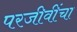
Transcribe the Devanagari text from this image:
परजीवींचा